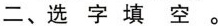
二、选字填空。